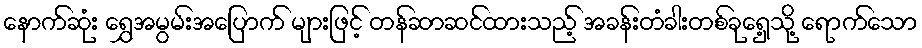
နောက်ဆုံး ရွှေအမွမ်းအပြောက် များဖြင့် တန်ဆာဆင်ထားသည့် အခန်းတံခါးတစ်ခုရှေ့သို့ ရောက်သော